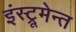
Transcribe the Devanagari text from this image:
इंस्ट्रूमेन्त